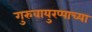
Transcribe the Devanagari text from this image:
गुरुवायुरप्पाच्या